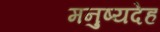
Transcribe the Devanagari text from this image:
मनुष्यदेह